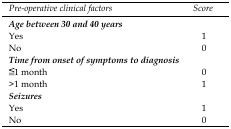
| Pre-operative clinical factors | Score |
 | --- | --- |
 | Age between 30 and 40 years |  |
 | Yes | 1 |
 | No | 0 |
 | Time from onset of symptoms to diagnosis |  |
 | ≦1 month | 0 |
 | >1 month | 1 |
 | Seizures |  |
 | Yes | 1 |
 | No | 0 |